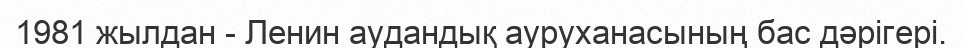
1981 жылдан - Ленин аудандық ауруханасының бас дәрігері.